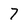
Character: 7